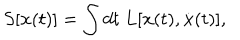
S [ \mathbf { x } ( t ) ] = \int d t ~ L [ \mathbf { x } ( t ) , \dot { \mathbf { x } } ( t ) ] ,